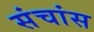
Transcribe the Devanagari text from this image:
संचांस